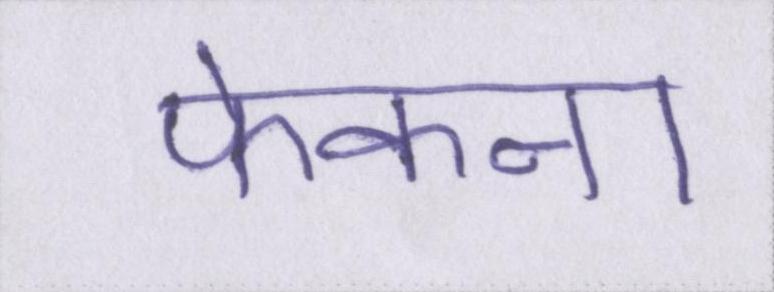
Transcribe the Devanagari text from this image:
फेकना